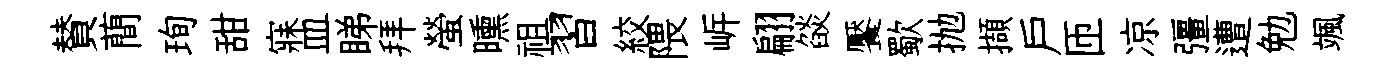
賛蕳珣甜寐皿睇拜螢曛祖習絞隈㟁翩燄饜歜抛擷戸匝凉彊遭勉颯